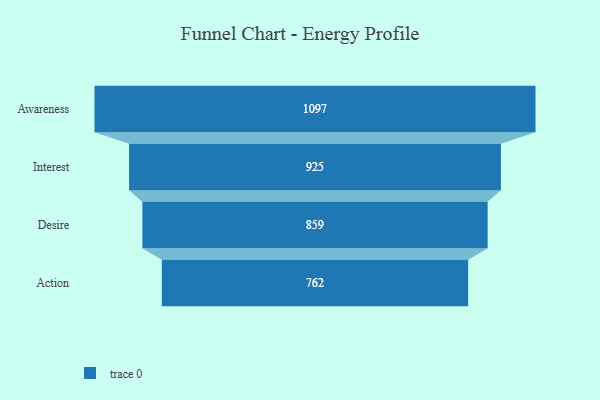
{"axis": {"x": "Stage", "y": "Value"}, "legend": [""], "data": [{"x": "Awareness", "y": 1097.0, "type": ""}, {"x": "Interest", "y": 925.0, "type": ""}, {"x": "Desire", "y": 859.0, "type": ""}, {"x": "Action", "y": 762.0, "type": ""}]}